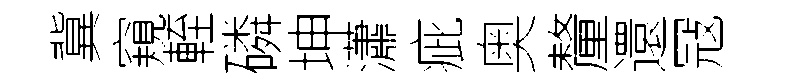
冀窺輊磷坤瀟疵奥釐還冦